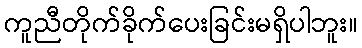
ကူညီတိုက်ခိုက်ပေးခြင်းမရှိပါဘူး။